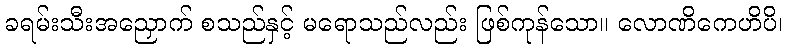
ခရမ်းသီးအညှောက် စသည်နှင့် မရောသည်လည်း ဖြစ်ကုန်သော။ လောဏိကေဟိပိ၊